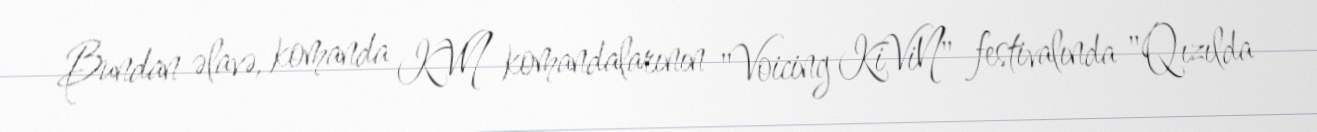
Bundan əlavə, komanda KVN komandalarının "Voicing KiViN" festivalında "Qızılda